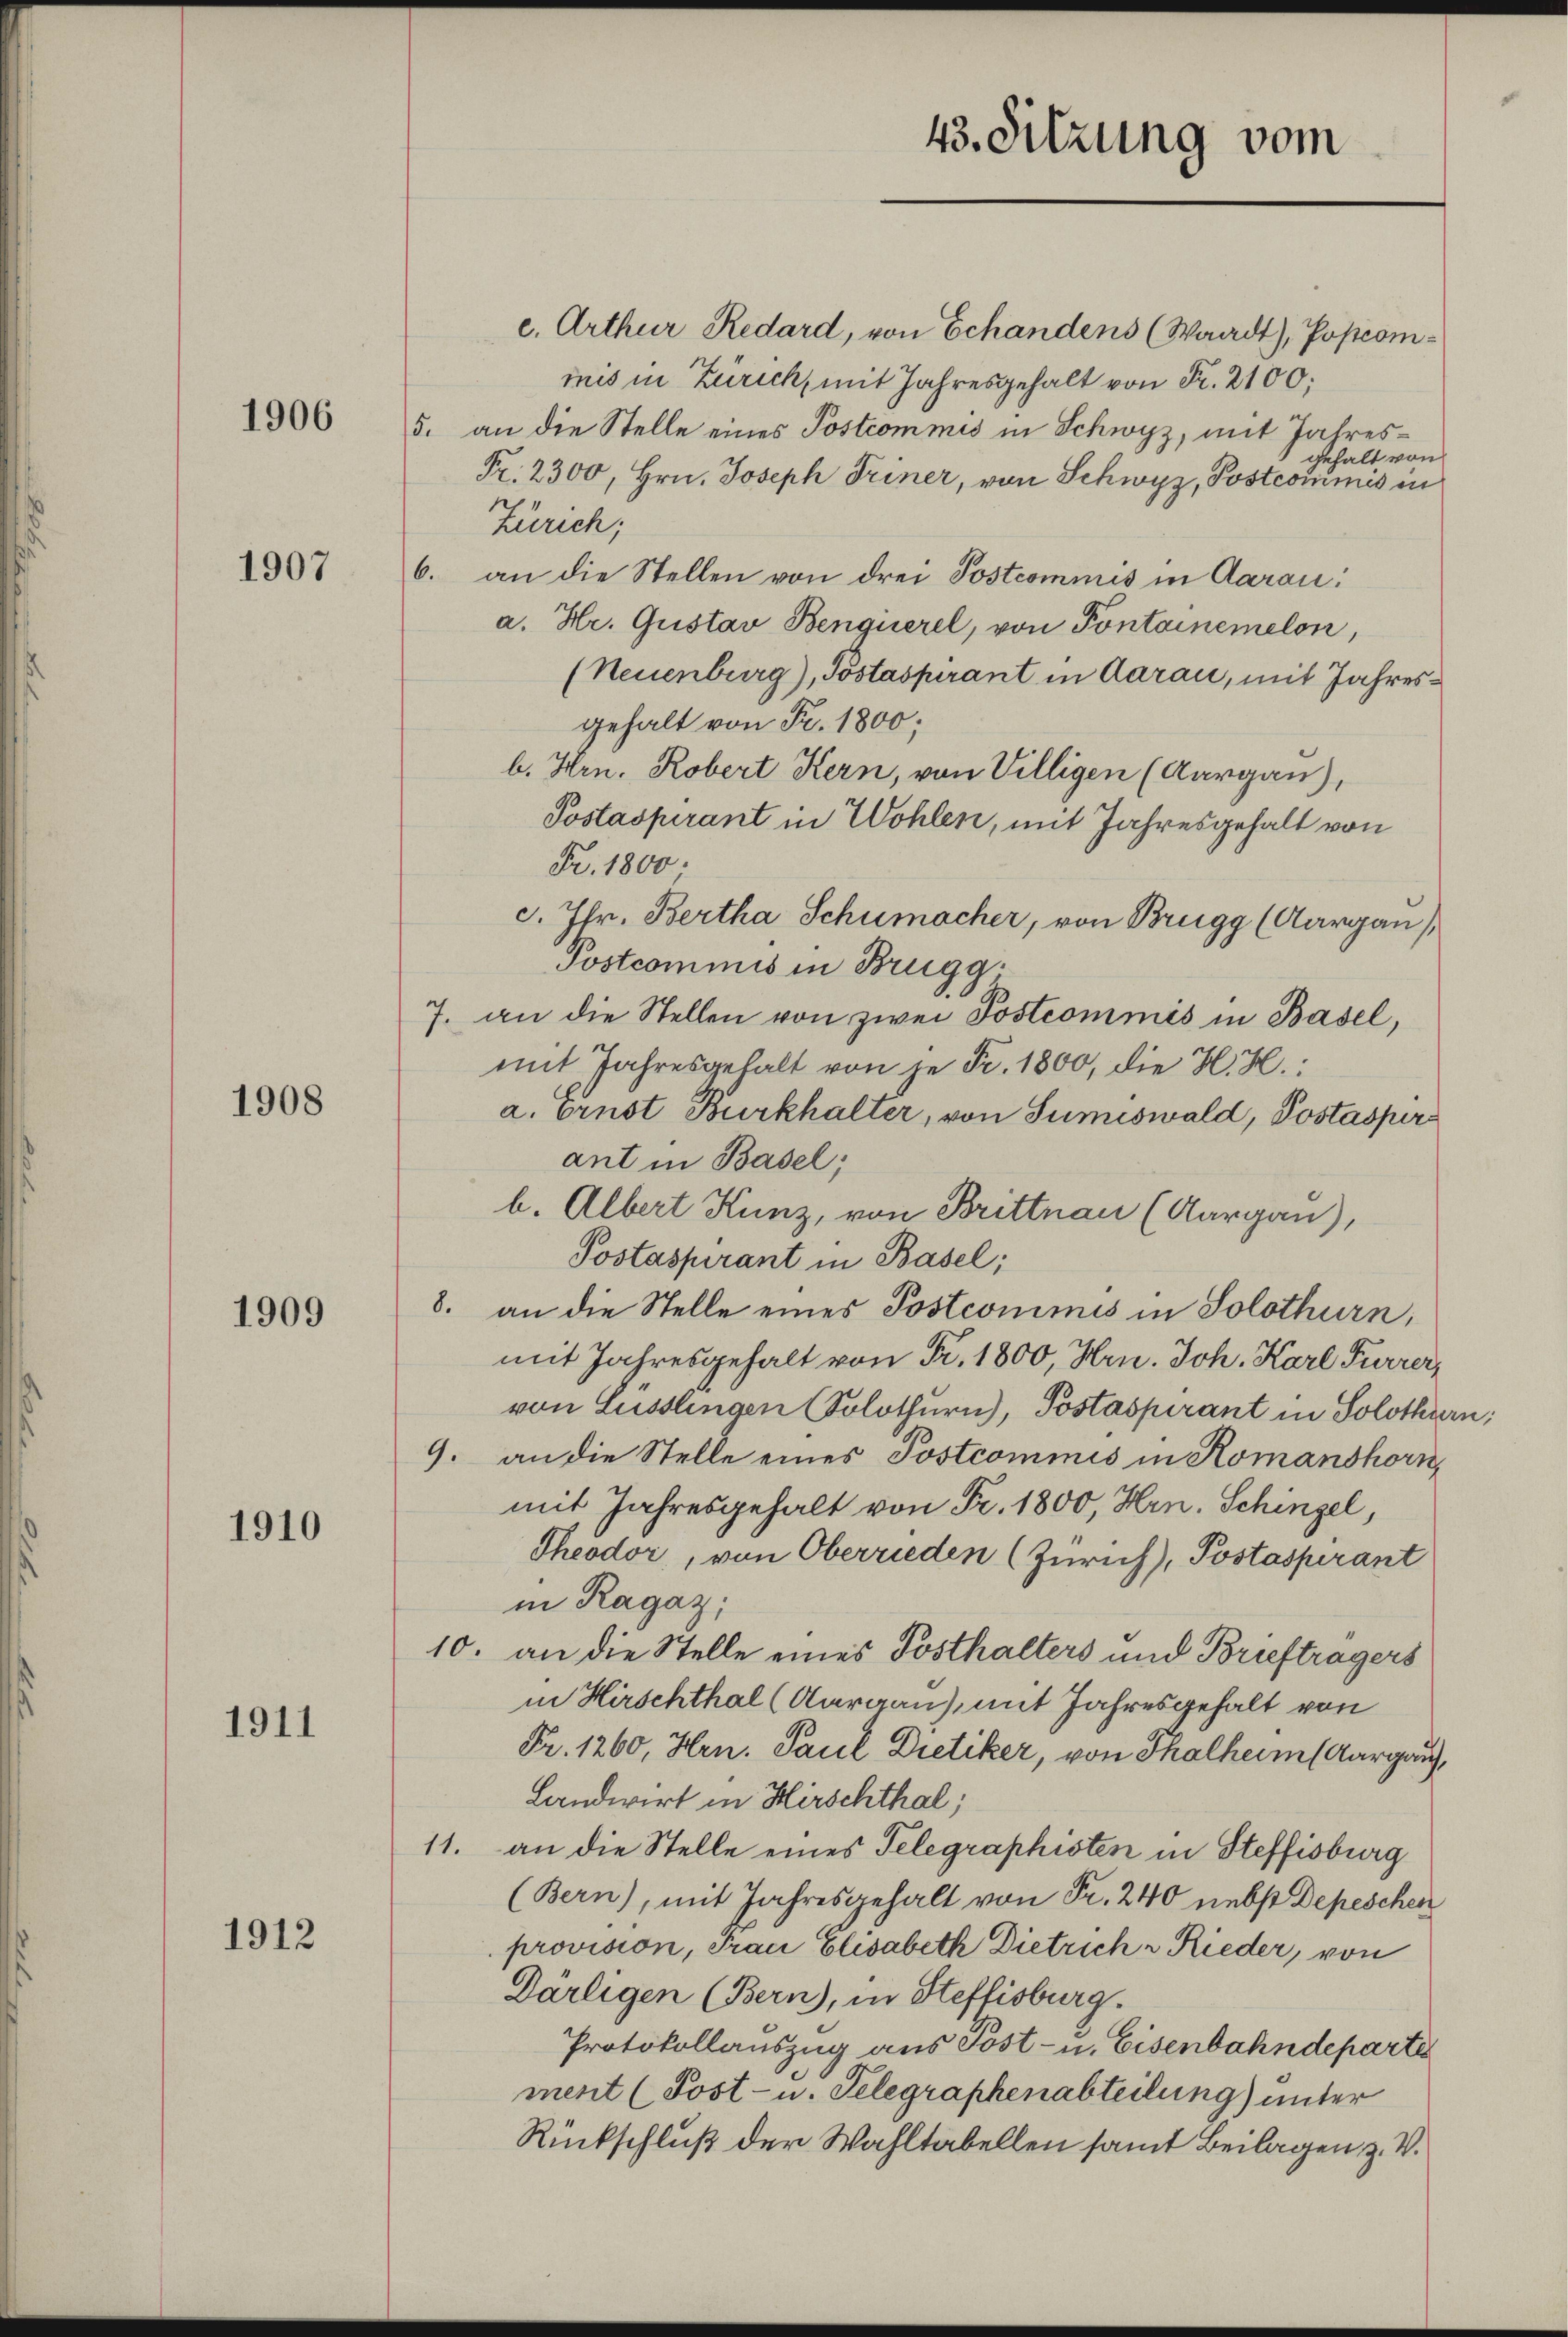
1906

1907

1908

1909

1910

1911

1912

c. Arthur Redard, von Echandens (Waadt), Poscommis in Zürich, mit Jahresgehalt von Fr. 2100;
5. an die Stelle eines Postcommis in Schwyz, mit Jahresgehalt von
Fr. 2300, Hrn. Joseph Triner, von Schwyz, Postcommis in
Zürich;
6. an die Stellen von drei Postcommis in Aarau
a. Hr. Gustav Benquerel, von Pontainemelon,
(Neuenburg), Postaspirant in Aarau, mit Jahresgehalt von Fr. 1800;
b. Hrn. Robert Kern, von Villigen (Aargau),
Postaspirant in Wohlen, mit Jahresgehalt von
Fr. 1800.
c. fr. Bertha, Schumacher, von Brugg (Aargau)
Postcommis in Brugg.
7. an die Stellen von zwei Postcommis in Basel,
mit Jahresgehalt von je Fr. 1800, die H. H.
a. Ernst Burkhalter, von Sumiswald, Postaspers
ant in Basel;
b. Albert Kunz, von Brittnau (Aargau),
Postaspirant in Basel;
8. an die Stelle eines Postcommis in Solothurn,
mit Jahresgehalt von Fr. 1800, Hrn. Joh. Karl Furrer,
von Lüsslingen (Solothurn), Postaspirant in Solothurn,
9. an die Stelle eines Postcommis in Romanshorn,
mit Jahresgehalt von Fr. 1800, Hrn. Schingel,
Theodor, von Oberrieden (Zürich), Postaspirant
in Ragaz;
10. an die Stelle eines Posthalters und Briefträgers
in Hirschthal (Aargau), mit Jahresgehalt von
Fr. 1260, Hrn. Paul Dietiker, von Thalheim (Aargaus,
Landwirt in Hirschthal;
11. an die Stelle eines Telegraphisten in Steffisburg
(Bern), mit Jahresgehalt von Fr. 240 nebst Depeschen
provision, Frau Elisabeth Dietrich & Rieder, von
Dartigen (Bern), in Steffisburg.
Protokollauszug aus Post- u. Eisenbahndeparte
ment (Post- u. Telegraphenabteilung) unter
Rückschluß der Wahltabellen samt Beilagen z. V.

43. Sitzung vom